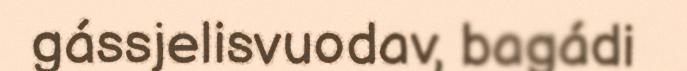
gássjelisvuodav, bagádi